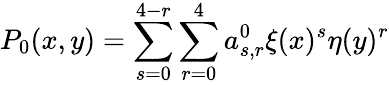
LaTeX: P_{0}(x,y)=\sum_{s=0}^{4-r}\sum_{r=0}^{4}a_{s,r}^{0}\xi(x)^{s}\eta(y)^{r}